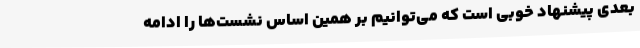
بعدی پیشنهاد خوبی است که می‌توانیم بر همین اساس نشست‌‌ها را ادامه